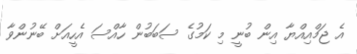
އެ ޖަމްއިއްޔާ އިން ބުނީ މި ކަމުގެ ސަބަބުން ހާއްސަ އެހީއަށް ބޭނުންވާ